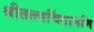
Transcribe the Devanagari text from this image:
श्रीतत्त्वचिंतामणि